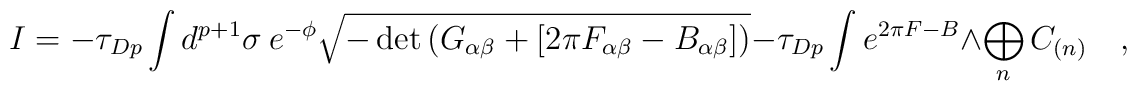
I =  - \tau_{Dp} \int d^{p+1}\sigma \  e^{-\phi}\sqrt{-\det\left(G_{\alpha\beta} + \left[2\pi F_{\alpha\beta}-B_{\alpha\beta}\right]\right)}  - \tau_{Dp} \int e^{2\pi F-B} \wedge \bigoplus_n C_{(n)} \quad ,